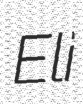
Eli